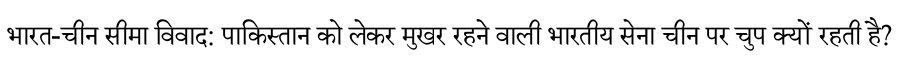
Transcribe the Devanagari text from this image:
भारत-चीन सीमा विवाद: पाकिस्तान को लेकर मुखर रहने वाली भारतीय सेना चीन पर चुप क्यों रहती है?